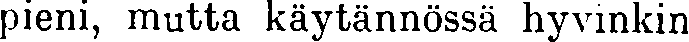
pieni, mutta käytännössä hyvinkin